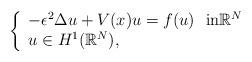
LaTeX: \begin{align*}\left\{\begin{array}{l}-\epsilon^2\Delta u + V(x)u = f(u) \ \ \mbox{in$\mathbb{R}^N$}\\u \in H^1(\mathbb{R}^N),\end{array}\right. \end{align*}